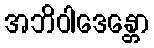
အဘိဝါဒေန္တော